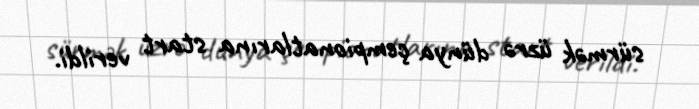
sürmək üzrə dünya çempionatlarına start verildi.